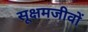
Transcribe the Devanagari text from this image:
सूक्षमजीवों